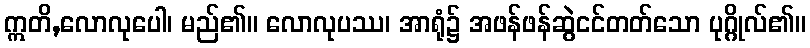
ဣတိ,လောလုပေါ၊ မည်၏။ လောလုပဿ၊ အာရုံ၌ အဖန်ဖန်ဆွဲငင်တတ်သော ပုဂ္ဂိုလ်၏။